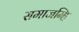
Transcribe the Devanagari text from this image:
समाजम्हि